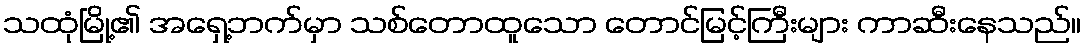
သထုံမြို့၏ အရှေ့ဘက်မှာ သစ်တောထူသော တောင်မြင့်ကြီးများ ကာဆီးနေသည်။